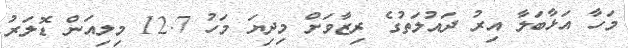
މަހާ އަޅާބަލާ އިރު ދައުލަތުގެ ރިޒާވަށް މިދިޔަ މަހު 12.7 މިލިއަން ޑޮލަރު